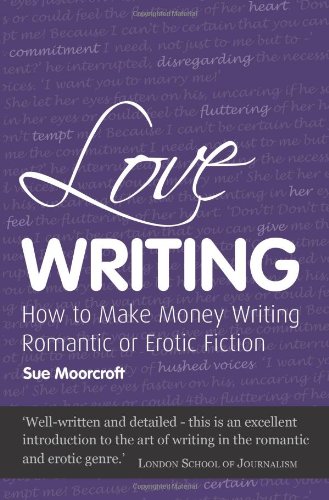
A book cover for Love Writing: How To Make Money Writing Romantic or Erotic Fiction (Secrets to Success); Sue Moorcroft; Romance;